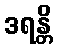
ဒရန္တိ